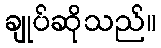
ချုပ်ဆိုသည်။